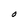
Character: O